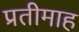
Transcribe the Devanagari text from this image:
प्रतीमाह